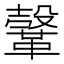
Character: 𩌥